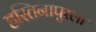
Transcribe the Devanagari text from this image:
हस्तिनापुरला